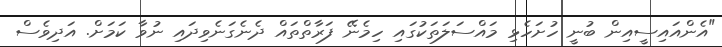
"އެންއައިސީއިން ބުނީ ހުށަހެޅި މައްސަލަތަކުގައި ހިމެނޭ ފަރާތްތައް ދެނެގަނެވިދައި ނުވާ ކަމަށް. އަދިވެސް